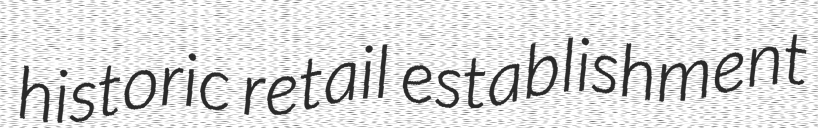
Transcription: historic retail establishment